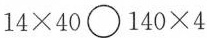
14×40〇140×4